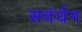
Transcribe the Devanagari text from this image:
सवंर्धन